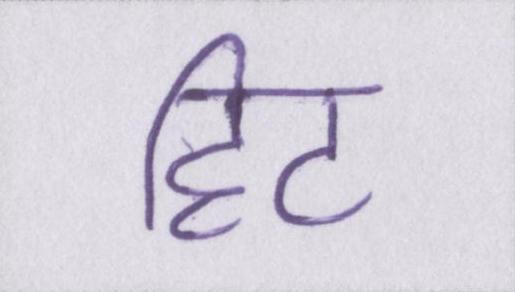
हिट